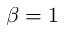
\beta = 1